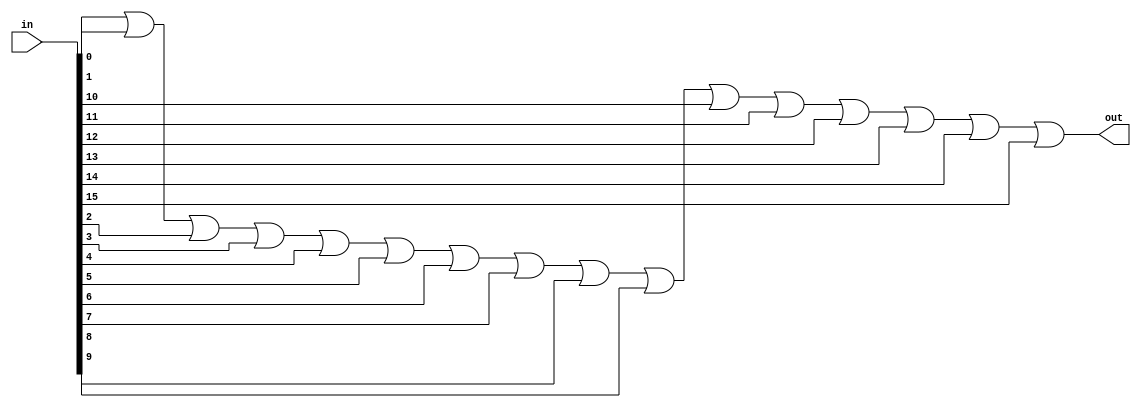
`timescale 1ns / 1ps
//////////////////////////////////////////////////////////////////////////////////
// Company: 
// Engineer: 
// 
// Design Name: 
// Module Name: or_all
// Project Name: 
// Target Devices: 
// Tool Versions: 
// Description: 
// 
// Dependencies: 
// 
// Revision:
// Revision 0.01 - File Created
// Additional Comments:
// 
//////////////////////////////////////////////////////////////////////////////////


module or_all(
    input [15:0]in,
    output out
    );
    assign out = in[0] | in[1] | in[2] | in[3] | in[4] | in[5] | in[6] 
    | in[7] | in[8] | in[9] | in[10] | in[11] | in[12] | in[13] | in[14] | in[15] ;
endmodule